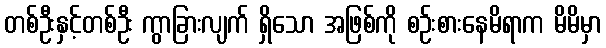
တစ်ဦးနှင့်တစ်ဦး ကွာခြားလျက် ရှိသော အဖြစ်ကို စဉ်းစားနေမိရာက မိမိမှာ